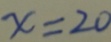
x = 2 0